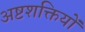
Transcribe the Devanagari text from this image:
अष्टशक्तियों